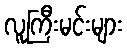
လူကြီးမင်းများ